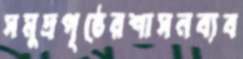
সমুদ্রপৃষ্ঠেরশাসনব্যব